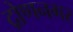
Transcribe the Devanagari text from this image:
द्रोणनगर